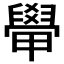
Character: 𬛽